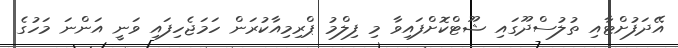
އޭދަފުށްޓާއި ތުލުސްދޫގައި ޝޫޓްކޮށްފައިވާ މި ފިލްމު ޕްރިމިއާކުރަން ހަމަޖެހިފައި ވަނީ އަންނަ މަހުގެ